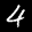
Label: 4